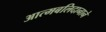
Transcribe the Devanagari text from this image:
आत्मबलिदानाने